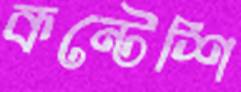
কন্টেশি